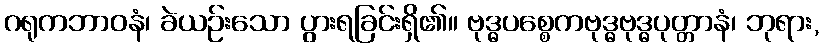
ဂရုကဘာဝနံ၊ ခဲယဉ်းသော ပွားရခြင်းရှိ၏။ ဗုဒ္ဓပစ္စေကဗုဒ္ဓဗုဒ္ဓပုတ္တာနံ၊ ဘုရား,